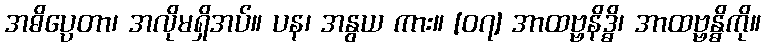
အဓိပ္ပေတာ၊ အလိုမရှိအပ်။ ပန၊ အနွယ ကား။ [၀၇] အာထဗ္ဗနိဒ္ဓိ၊ အာထဗ္ဗန္ဓိကို။